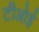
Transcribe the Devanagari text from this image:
टीओई